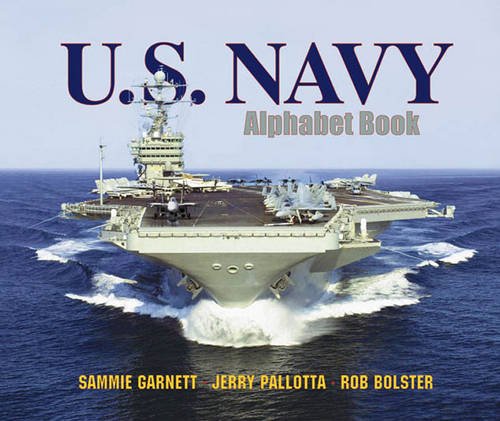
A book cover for U.S. Navy Alphabet Book; Jerry Pallotta; Children's Books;